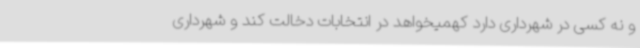
و نه کسی در شهرداری دارد کهمیخواهد در انتخابات دخالت کند و شهرداری